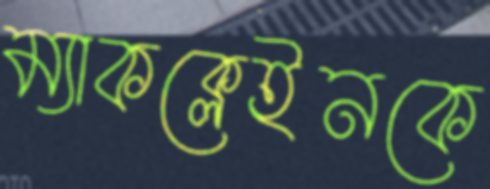
ম্যাকক্লেইনকে